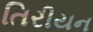
તિરીયન